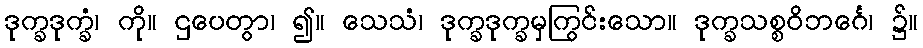
ဒုက္ခဒုက္ခံ၊ ကို။ ဌပေတွာ၊ ၍။ သေသံ၊ ဒုက္ခဒုက္ခမှကြွင်းသော။ ဒုက္ခသစ္စဝိဘင်္ဂေ၊ ၌။